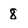
Character: 8